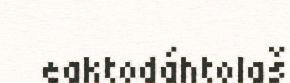
eaktodáhtolaš